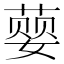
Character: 𮐨